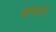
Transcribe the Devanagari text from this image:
ढगात